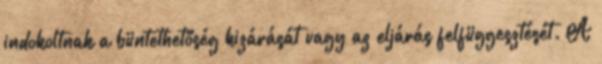
indokoltnak a büntethetőség kizárását vagy az eljárás felfüggesztését. A